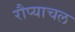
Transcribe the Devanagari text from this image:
रौप्याचल